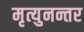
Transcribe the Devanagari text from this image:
मृत्युनन्तर